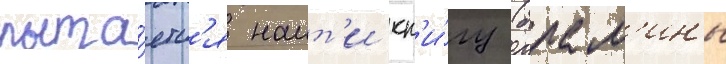
пыта́етс'я наит'и кн'и́гу (брам'ины